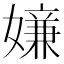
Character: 𡡫